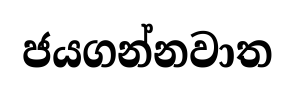
ජයගන්නවාත